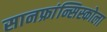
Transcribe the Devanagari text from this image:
सानफ्रांन्सिस्कोला